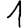
Digit: 1